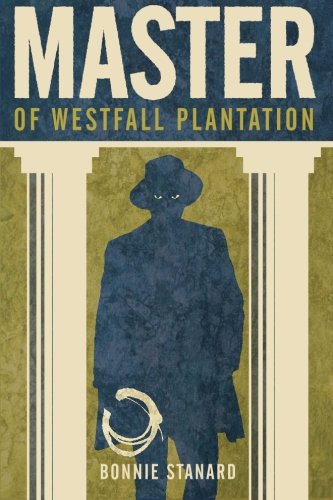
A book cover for Master of Westfall Plantation; Bonnie Stanard; Literature & Fiction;